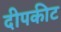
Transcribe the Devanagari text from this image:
दीपकीट